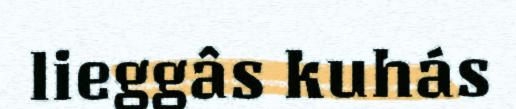
lieggâs kuhás